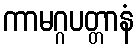
ကာမဂ္ဂပတ္တာနံ